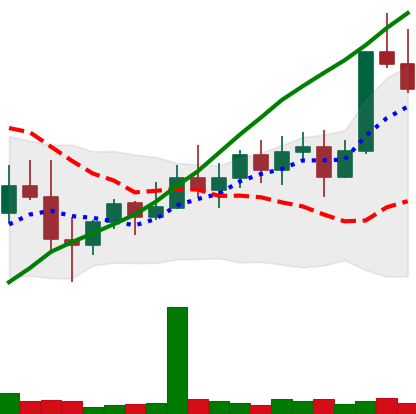
Ticker: XMR-USD
Chart end date: 2022-11-06
Forward return: -17.364%
Label: down_7plus